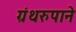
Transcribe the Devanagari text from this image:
ग्रंथरुपाने